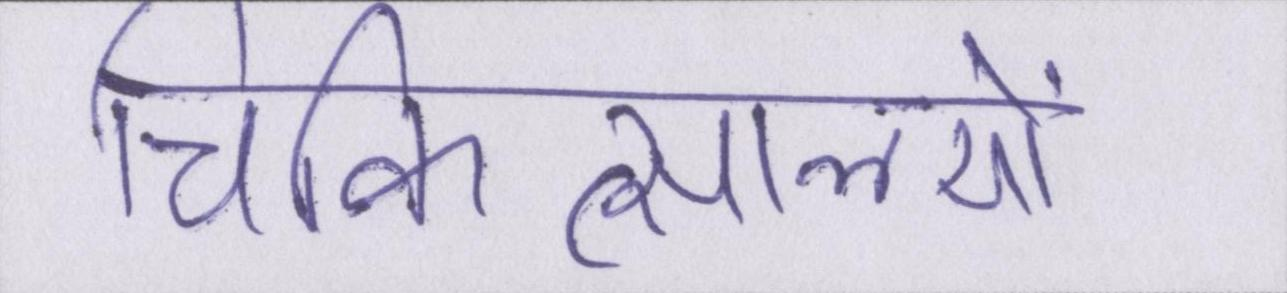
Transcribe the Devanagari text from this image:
चिकित्सालयों